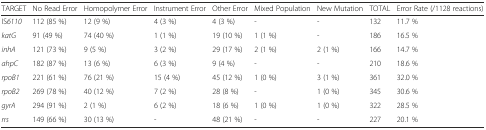
<table><thead><tr><td><b>TARGET</b></td><td><b>No Read Error</b></td><td><b>Homopolymer Error</b></td><td><b>Instrument Error</b></td><td><b>Other Error</b></td><td><b>Mixed Population</b></td><td><b>New Mutation</b></td><td><b>TOTAL</b></td><td><b>Error Rate (/1128 reactions)</b></td></tr></thead><tbody><tr><td>IS<i>6110</i></td><td>112 (85 %)</td><td>12 (9 %)</td><td>4 (3 %)</td><td>4 (3 %)</td><td>-</td><td>-</td><td>132</td><td>11.7 %</td></tr><tr><td><i>katG</i></td><td>91 (49 %)</td><td>74 (40 %)</td><td>1 (1 %)</td><td>19 (10 %)</td><td>1 (1 %)</td><td>-</td><td>186</td><td>16.5 %</td></tr><tr><td><i>inhA</i></td><td>121 (73 %)</td><td>9 (5 %)</td><td>3 (2 %)</td><td>29 (17 %)</td><td>2 (1 %)</td><td>2 (1 %)</td><td>166</td><td>14.7 %</td></tr><tr><td><i>ahpC</i></td><td>182 (87 %)</td><td>13 (6 %)</td><td>6 (3 %)</td><td>9 (4 %)</td><td>-</td><td>-</td><td>210</td><td>18.6 %</td></tr><tr><td><i>rpoB1</i></td><td>221 (61 %)</td><td>76 (21 %)</td><td>15 (4 %)</td><td>45 (12 %)</td><td>1 (0 %)</td><td>3 (1 %)</td><td>361</td><td>32.0 %</td></tr><tr><td><i>rpoB2</i></td><td>269 (78 %)</td><td>40 (12 %)</td><td>7 (2 %)</td><td>28 (8 %)</td><td>-</td><td>1 (0 %)</td><td>345</td><td>30.6 %</td></tr><tr><td><i>gyrA</i></td><td>294 (91 %)</td><td>2 (1 %)</td><td>6 (2 %)</td><td>18 (6 %)</td><td>1 (0 %)</td><td>1 (0 %)</td><td>322</td><td>28.5 %</td></tr><tr><td><i>rrs</i></td><td>149 (66 %)</td><td>30 (13 %)</td><td>-</td><td>48 (21 %)</td><td>-</td><td>-</td><td>227</td><td>20.1 %</td></tr></tbody></table>